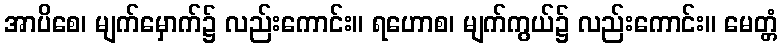
အာပိစေ၊ မျက်မှောက်၌ လည်းကောင်း။ ရဟောစ၊ မျက်ကွယ်၌ လည်းကောင်း။ မေတ္တံ